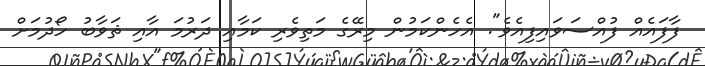
ފާފައެއް ފުއްސަވައިފިއެވެ". އެހެންކަމުން މިރޭގެ މަތިވެރި ކަމާއި ދަރުމަ އާއި ޘަވާބު ހޯދުމަށް